65_HS1-834228961_62-HQ-83894_Section_1
Agency: FBI
Page 137
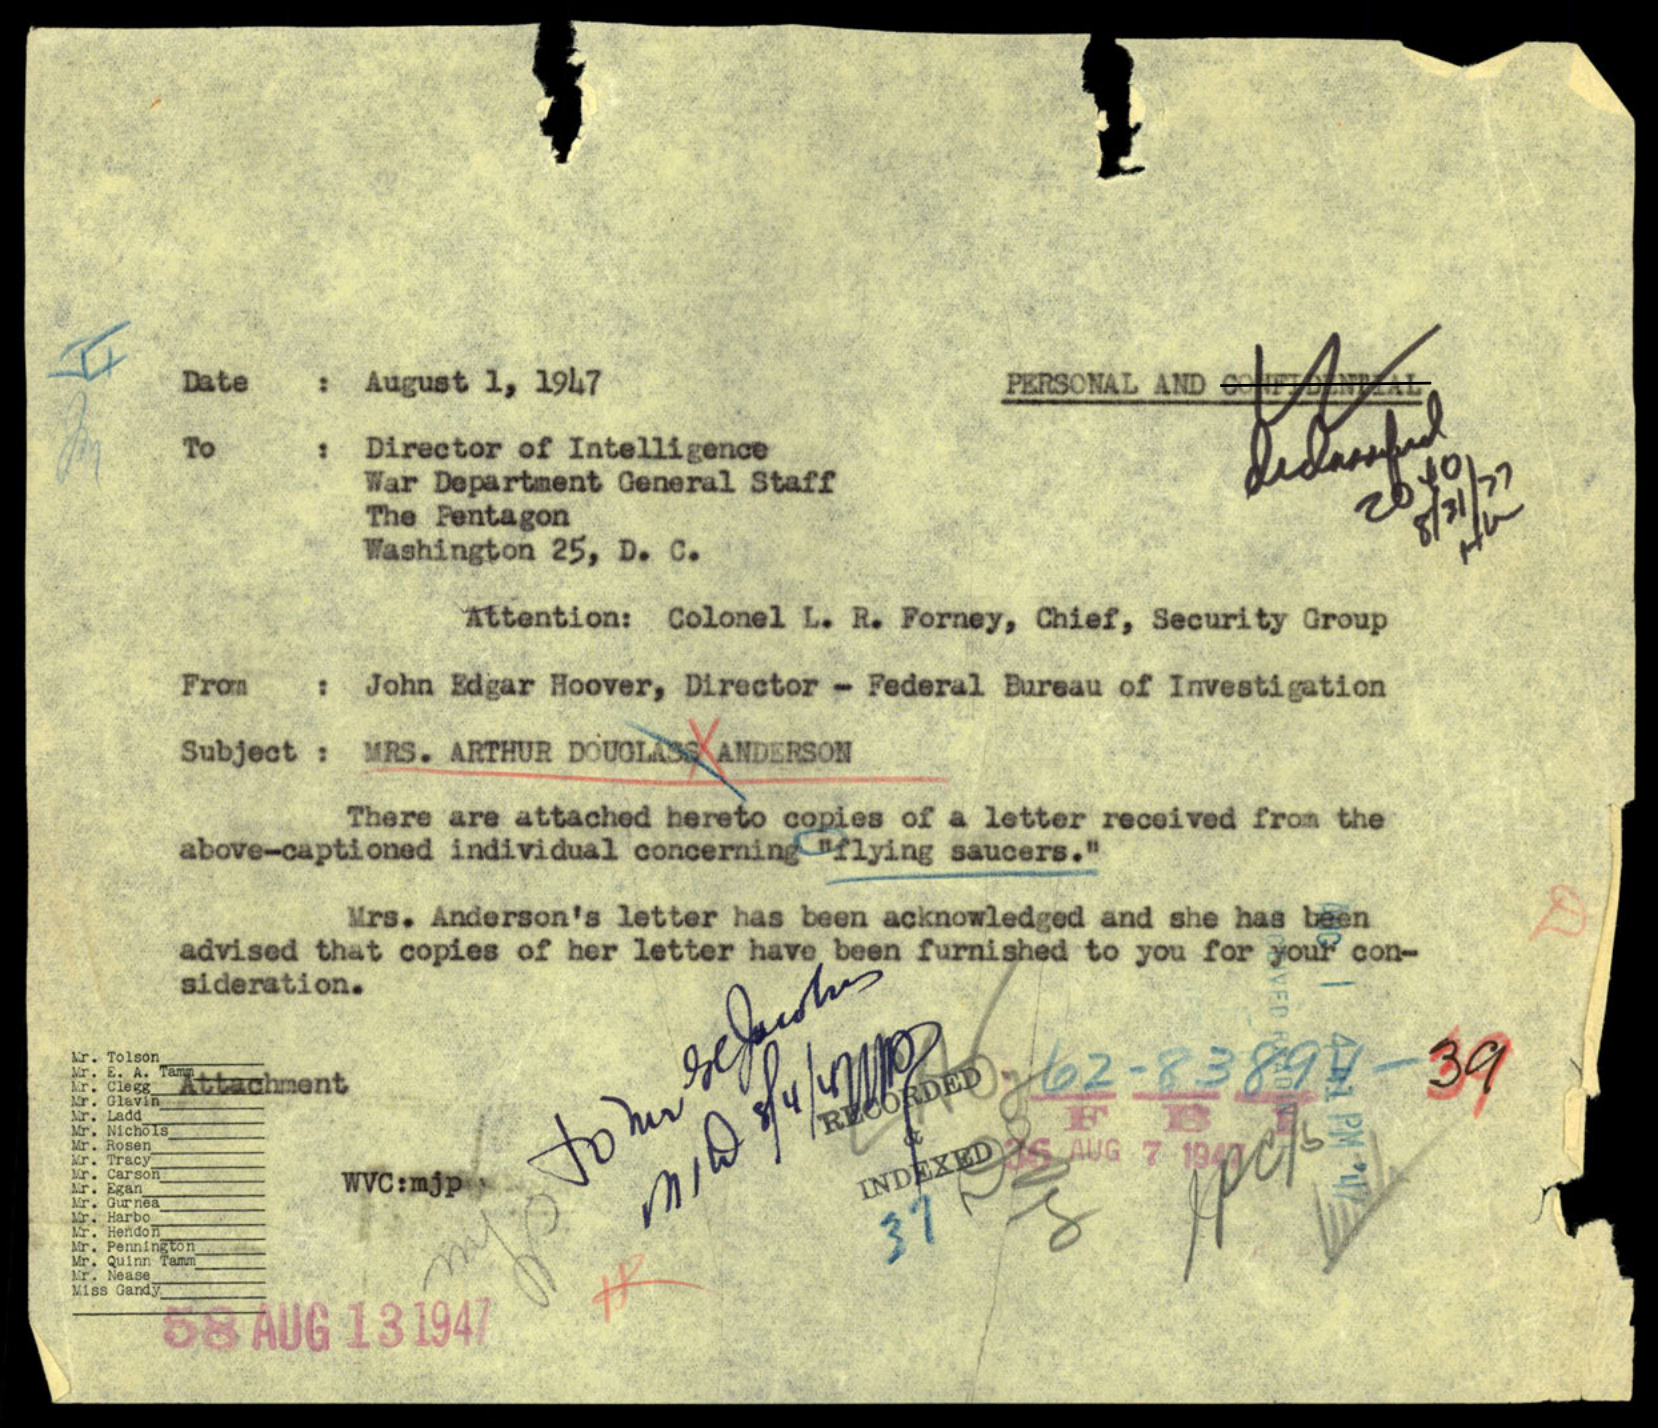